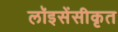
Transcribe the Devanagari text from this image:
लॉइसेंसीकृत